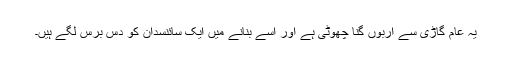
یہ عام گاڑی سے اربوں گنا چھوٹی ہے اور اسے بنانے میں ایک سائنسدان کو دس برس لگے ہیں۔